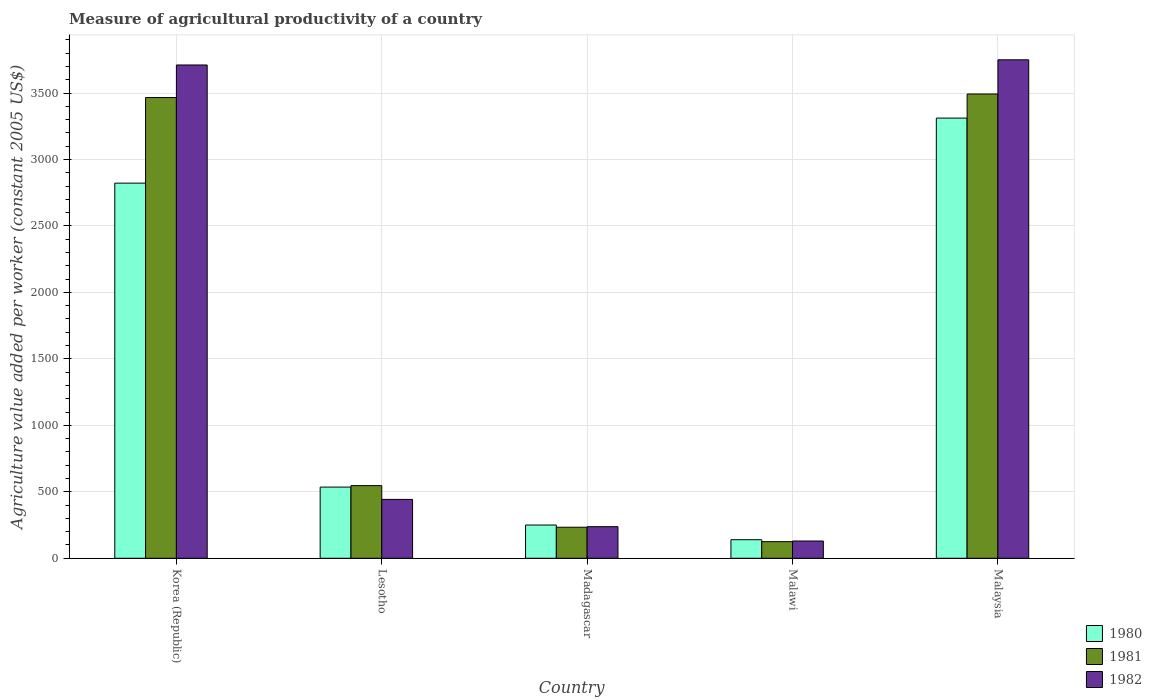
| Country | 1980 | 1981 | 1982 |
 | --- | --- | --- | --- |
 | Korea (Republic) | 2.82e+03 | 3.47e+03 | 3.71e+03 |
 | Lesotho | 536 | 546 | 443 |
 | Madagascar | 250 | 234 | 238 |
 | Malawi | 140 | 125 | 130 |
 | Malaysia | 3.31e+03 | 3.49e+03 | 3.75e+03 |